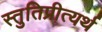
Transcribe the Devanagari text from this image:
स्तुतिप्रीत्यर्थ